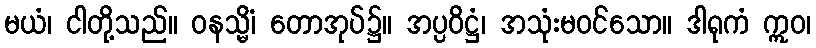
မယံ၊ ငါတို့သည်။ ဝနသ္မိံ၊ တောအုပ်၌။ အပ္ပဝိဋ္ဌံ၊ အသုံးမဝင်သော။ ဒါရုကံ ဣဝ၊